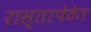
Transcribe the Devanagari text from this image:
रास्तापेठेत